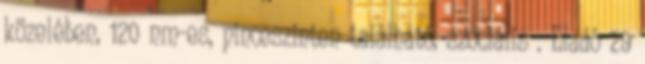
közelében, 120 nm-es, pinceszinten található, szociális . Eladó 29